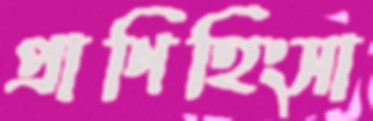
প্রাণিহিংসা